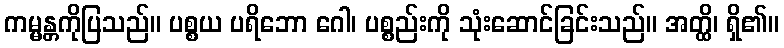
ကမ္မန္တကိုပြသည်။ ပစ္စယ ပရိဘော ဂေါ၊ ပစ္စည်းကို သုံးဆောင်ခြင်းသည်။ အတ္ထိ၊ ရှိ၏။